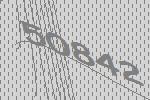
50842